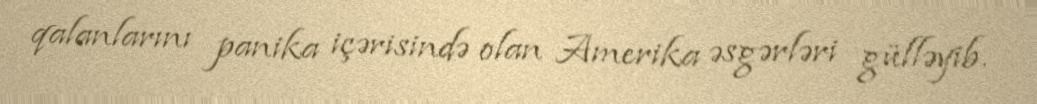
qalanlarını panika içərisində olan Amerika əsgərləri gülləyib.